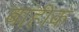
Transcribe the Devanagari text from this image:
बाहीक